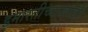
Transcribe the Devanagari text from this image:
इमारतीच्याखाली